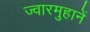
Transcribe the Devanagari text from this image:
ज्वारमुहानें